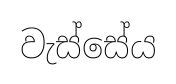
වැස්සේය